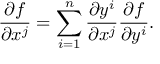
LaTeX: { \frac { \partial f } { \partial x ^ { j } } } = \sum _ { i = 1 } ^ { n } { \frac { \partial y ^ { i } } { \partial x ^ { j } } } { \frac { \partial f } { \partial y ^ { i } } } .